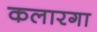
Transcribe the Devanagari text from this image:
कलारगा